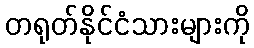
တရုတ်နိုင်ငံသားများကို